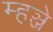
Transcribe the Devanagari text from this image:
म्हञ्जे